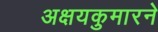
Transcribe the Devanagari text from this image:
अक्षयकुमारने